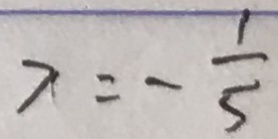
x = - \frac { 1 } { 5 }